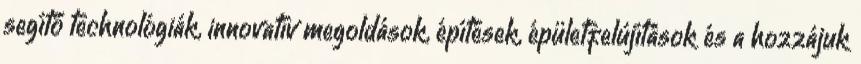
segítő technológiák, innovatív megoldások, építések, épületfelújítások és a hozzájuk